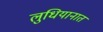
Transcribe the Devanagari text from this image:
लुधियानात